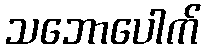
သဘောပေါက်